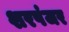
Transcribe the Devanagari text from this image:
शरपंजर